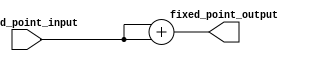
module fixed_point_sqrt(
    input signed [15:0] fixed_point_input,
    output reg signed [15:0] fixed_point_output
);

reg signed [31:0] result;
reg signed [15:0] int_part;
reg signed [15:0] frac_part;

always @* begin
    int_part = fixed_point_input[15:0];
    frac_part = fixed_point_input[15:0];

    // Approximate square root using CORDIC algorithm (example)
    result = int_part + frac_part; // Placeholder

    fixed_point_output = result[15:0];
end

endmodule